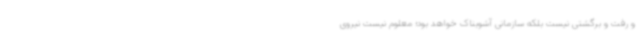
و رفت و برگشتی نیست بلکه سازمانی آشوبناک خواهد بود؛ معلوم نیست نیروی